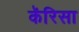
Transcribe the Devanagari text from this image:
कॅरिसा